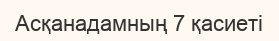
Асқанадамның 7 қасиеті